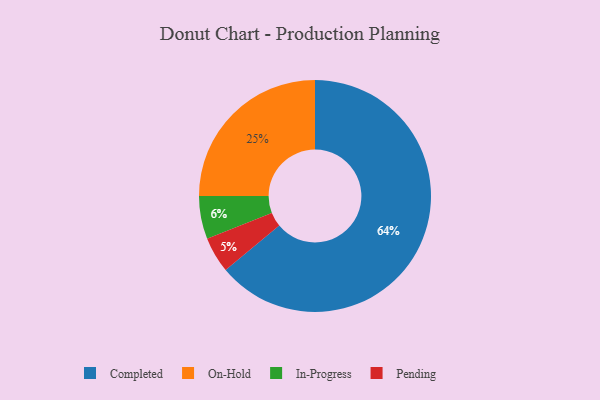
{"axis": {"x": "Category", "y": "Percentage"}, "legend": ["Completed", "In-Progress", "On-Hold", "Pending"], "data": [{"x": "Completed", "y": 64, "type": "Completed"}, {"x": "On-Hold", "y": 25, "type": "On-Hold"}, {"x": "Pending", "y": 5, "type": "Pending"}, {"x": "In-Progress", "y": 6, "type": "In-Progress"}]}